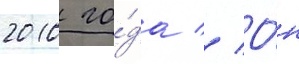
2010 го́да // О́н